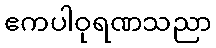
ဧကပါဝုရဏသညာ